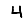
Digit: 4